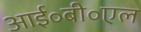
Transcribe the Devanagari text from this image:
आई॰बी॰एल